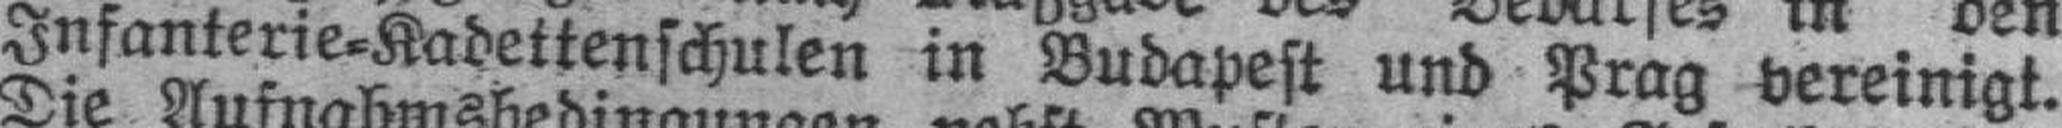
Infanterie=Kadettenschulen in Budapest und Prag vereinigt.